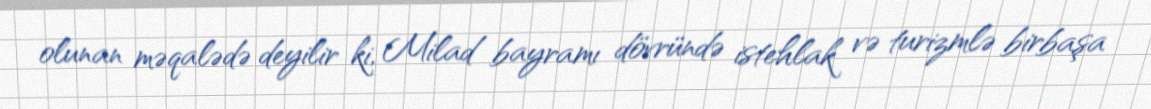
olunan məqalədə deyilir ki, Milad bayramı dövründə istehlak və turizmlə birbaşa